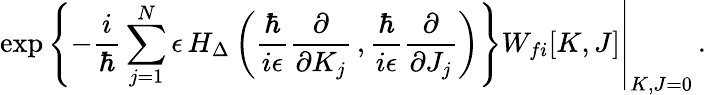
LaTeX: \left.\exp\left\{ -\frac{i}{\hbar}\sum_{j=1}^{N}\epsilon\, H_{\Delta}\left(\frac{\hbar}{i\epsilon}\frac{\partial}{\partial K_{j}}\, ,\frac{\hbar}{i\epsilon}\frac{\partial}{\partial J_{j}}\right)\right\} W_{fi}[K,J]\right|_{K,J=0}\, .